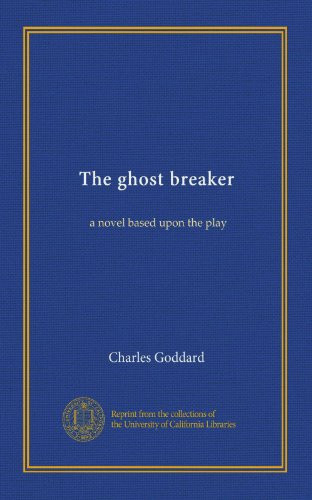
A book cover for The ghost breaker: a novel based upon the play; Charles Goddard; Politics & Social Sciences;